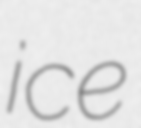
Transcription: ice